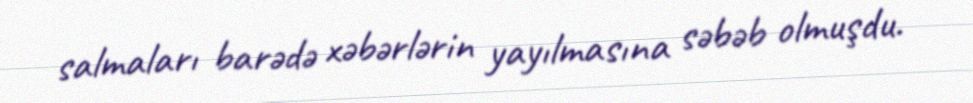
salmaları barədə xəbərlərin yayılmasına səbəb olmuşdu.